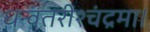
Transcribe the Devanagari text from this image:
धन्वंतरीश्चंद्रमा।